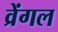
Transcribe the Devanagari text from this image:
व्रेंगल